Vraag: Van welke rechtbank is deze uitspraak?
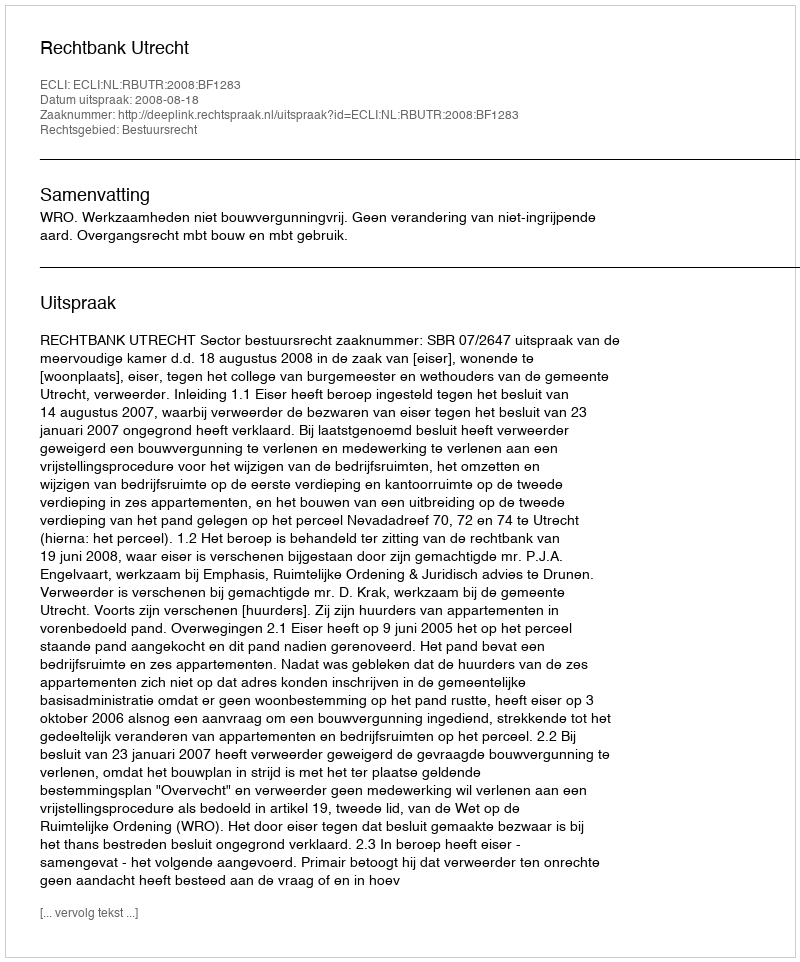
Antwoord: Rechtbank Utrecht